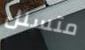
متسلل